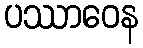
ပဿာဝေန